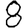
Digit: 8